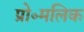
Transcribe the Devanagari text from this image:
प्रो॰मलिक